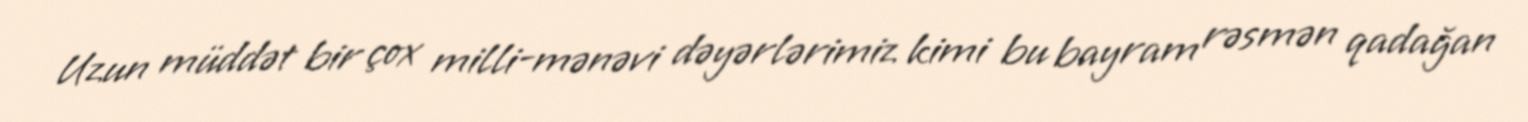
Uzun müddət bir çox milli-mənəvi dəyərlərimiz kimi bu bayram rəsmən qadağan